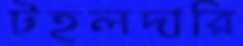
টহলদারি